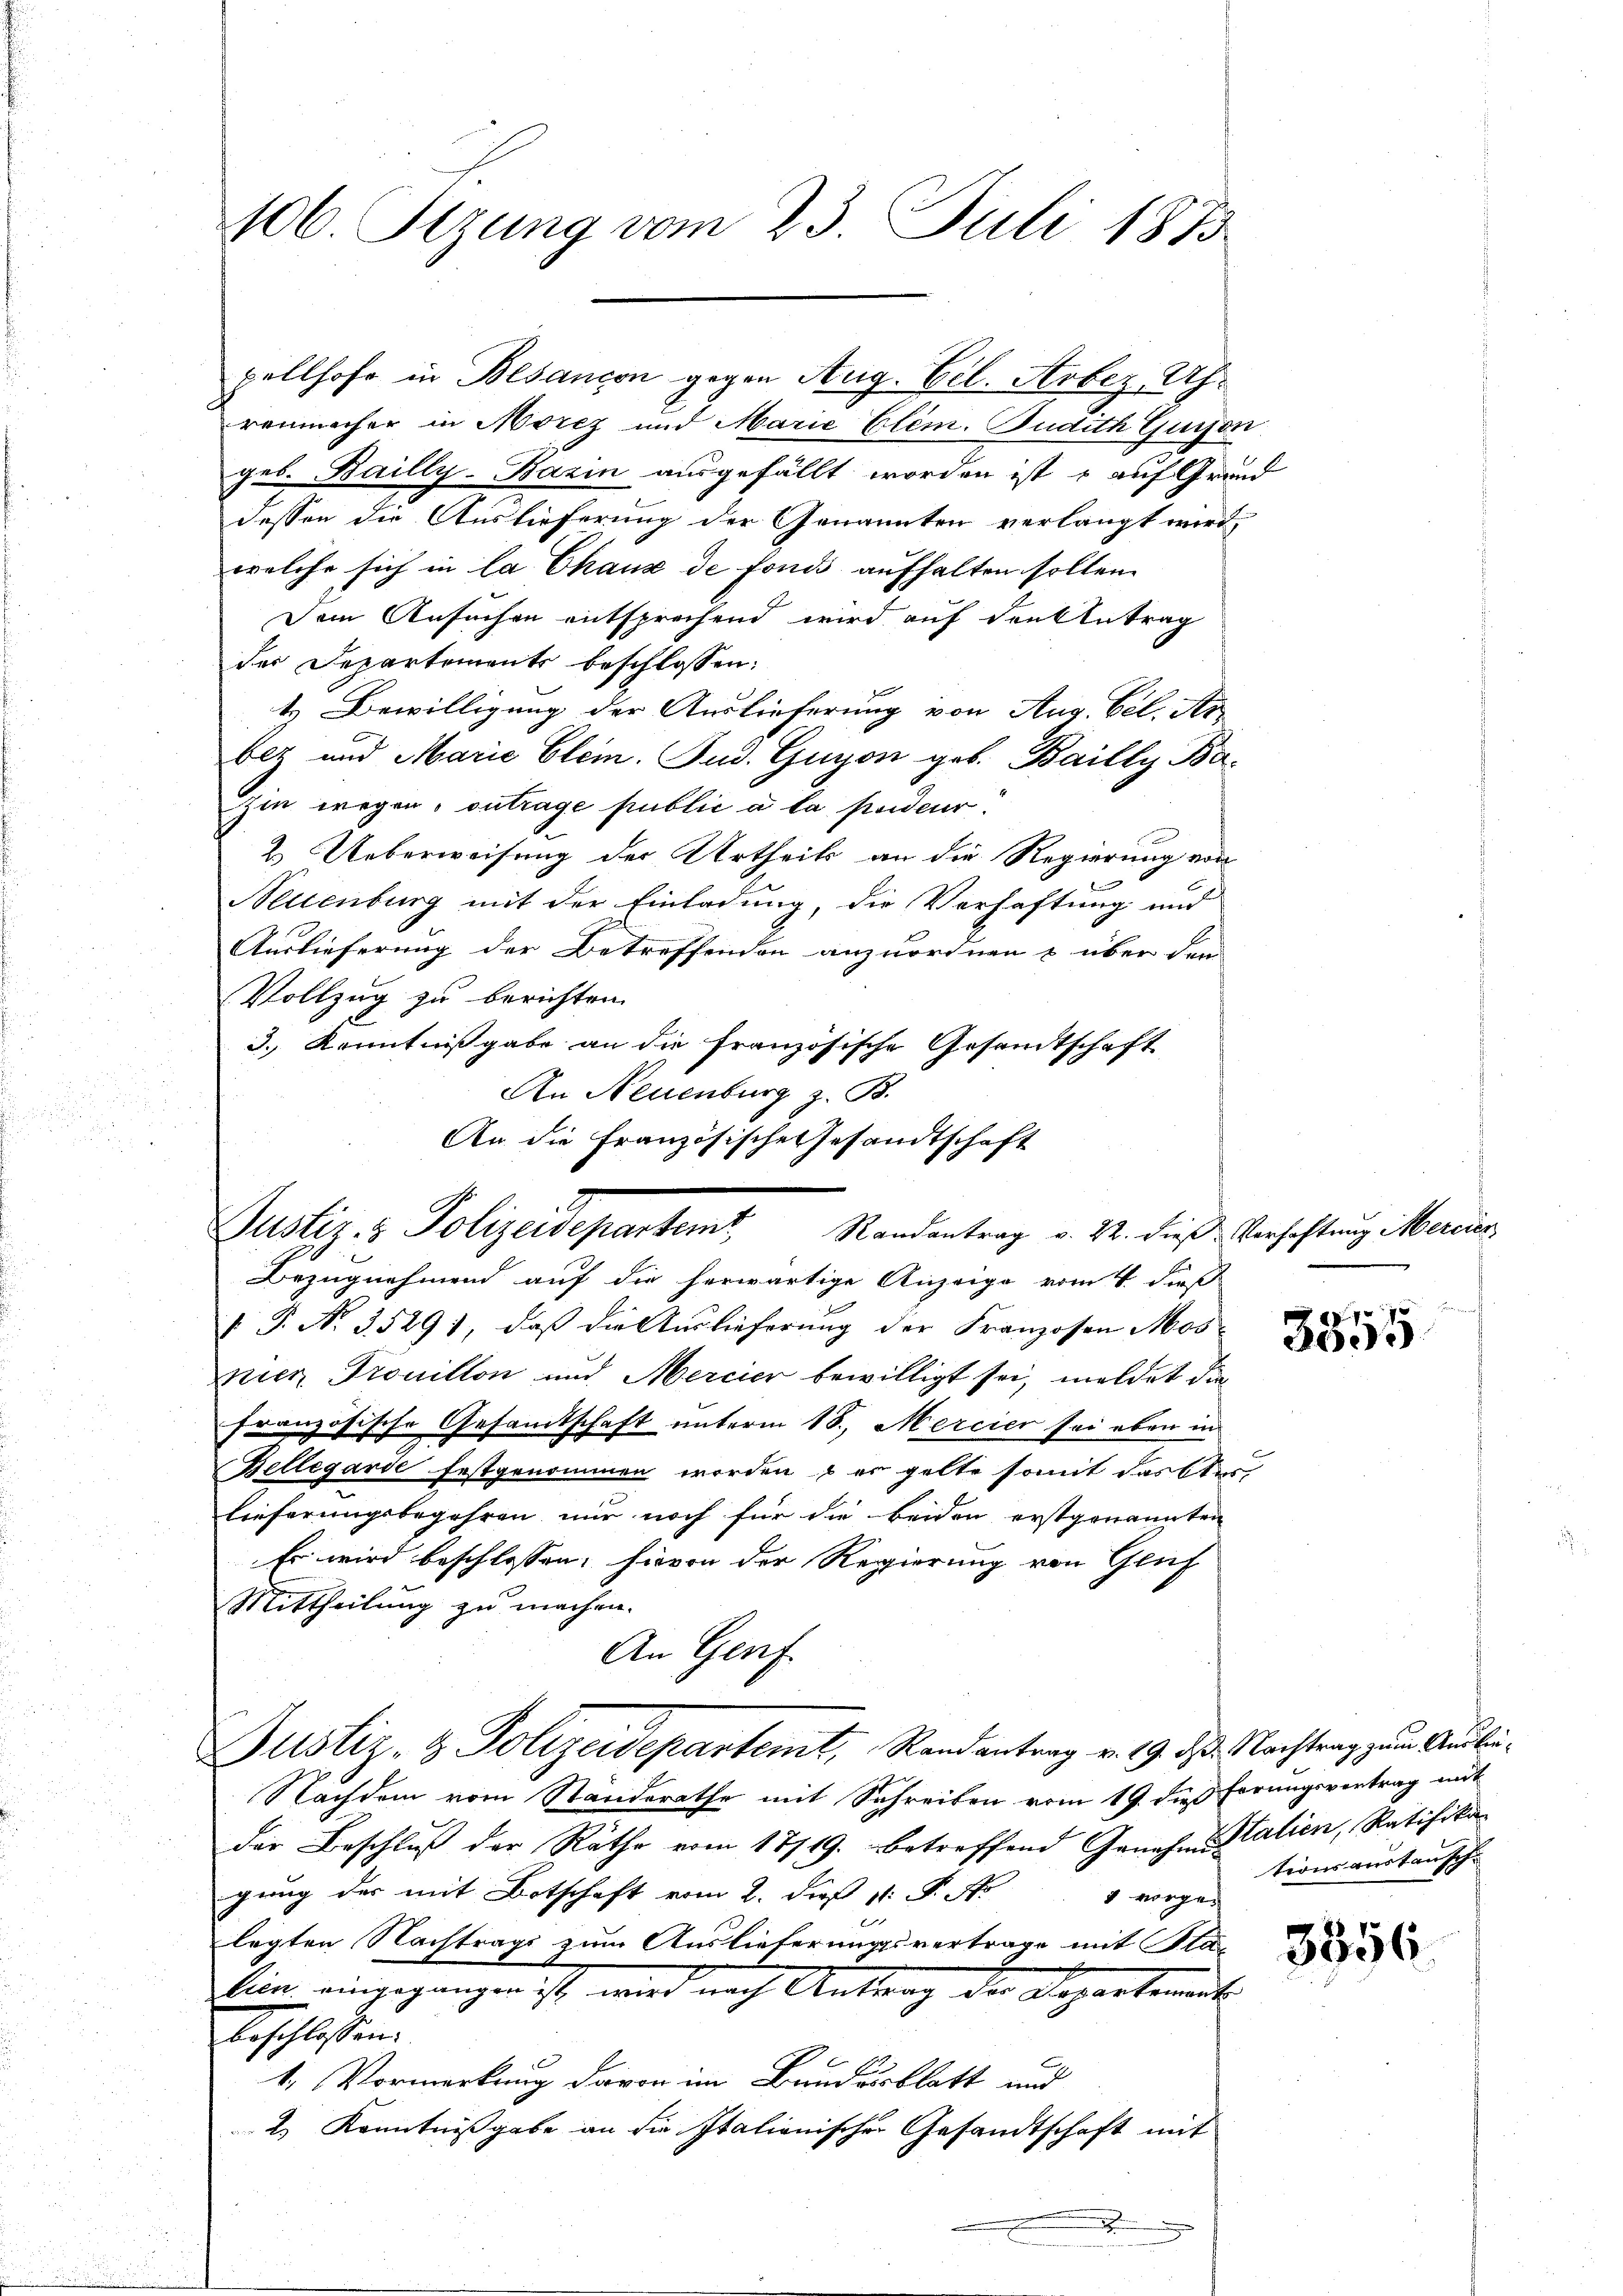
106. Sizung vom 23. Juli 1873.

pellhofe in Besancen gegen Aug. Gil. Arbez, Uhrenmacher in Morez und Marie Elem. Budith Quison
geb. Bailly-Bazin ausgefällt worden ist , auf Grund
dessen die Auslieferung der Genannten verlangt wird,
welche sich in la Chaux de fonds aufhalten sollen.
Dem Ansuchen entsprechend wird auf den Antrag
der Departements beschlossen:
t. Bewilligung der Auslieferung von Aug. Cel. Ar
ber und Marie Glein. Fud. Guyon geb. Bailly Ba¬
Zin wegen, ontrage public a la pendeur.
2. Ueberweisung der Urtheils an die Regierung von
Nellenburg mit der Einladung, die Verhaftung und
Auslieferung der Betreffenden anzuordnen & über den
Vollzug zu berichten.
3.) Kenntnißgabe an die französische Gesandtschaft
An Neuenburg z. B.
An die Französische Gesandtschaft
Randantrag v. 22. dieß Verhaftung Mercier
Bezugnehmend auf die herwärtige Anzeige vom 4. dieß
 P. No. 35291, daß die Auslieferung der Franzosen Mosier Trouillon und Mercier bewilligt sei, meldet die
französische Gesamtschaft unterm 18. Mercier sei eben in
Bellegarde festgenommen worden, & er gelte somit darster
lieferungsbegehren nur noch für die beiden erstgenannten
Es wird beschlossen, hievon der Regierung von Gluf
Mittheilung zu machen.
An Genf.
Justiz- & Polizeidepartemt, Randantrag v. 19. ds. Nachtrag zum Ausbe¬
Nachdem vom Standerathe mit Schreiben vom 19. dieß Förungsvortrag mit
der Beschluß der Räthe vom 17/19. betreffend Genahm Kalien, Ratifika
gung der mit Botschaft vom 2. dieß v. J. Mo
1 vorgen
legten Nachtrags zum Auslieferungsvertrage mit Stasin eingegangen ist, wird nach Antrag der Departement
beschlossen:
1. Vormerkung davon im Bundesblatt und
2.) Kenntnißgabe an die Italienischer Gesandtschaft mit

Justiz & Polizeidepartens,

3855

3356.

tionsanstausch.